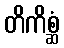
တိကိစ္ဆံ